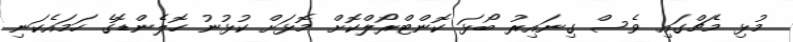
މުޅި މެޗްގައި ވެސް ގިނައިރު ބޯޅަ ކޮންޓްރޯލްކޮށް މޮޅަށް ކުޅުނު ހޮލެންޑޮގެ ހަމައެކަނި